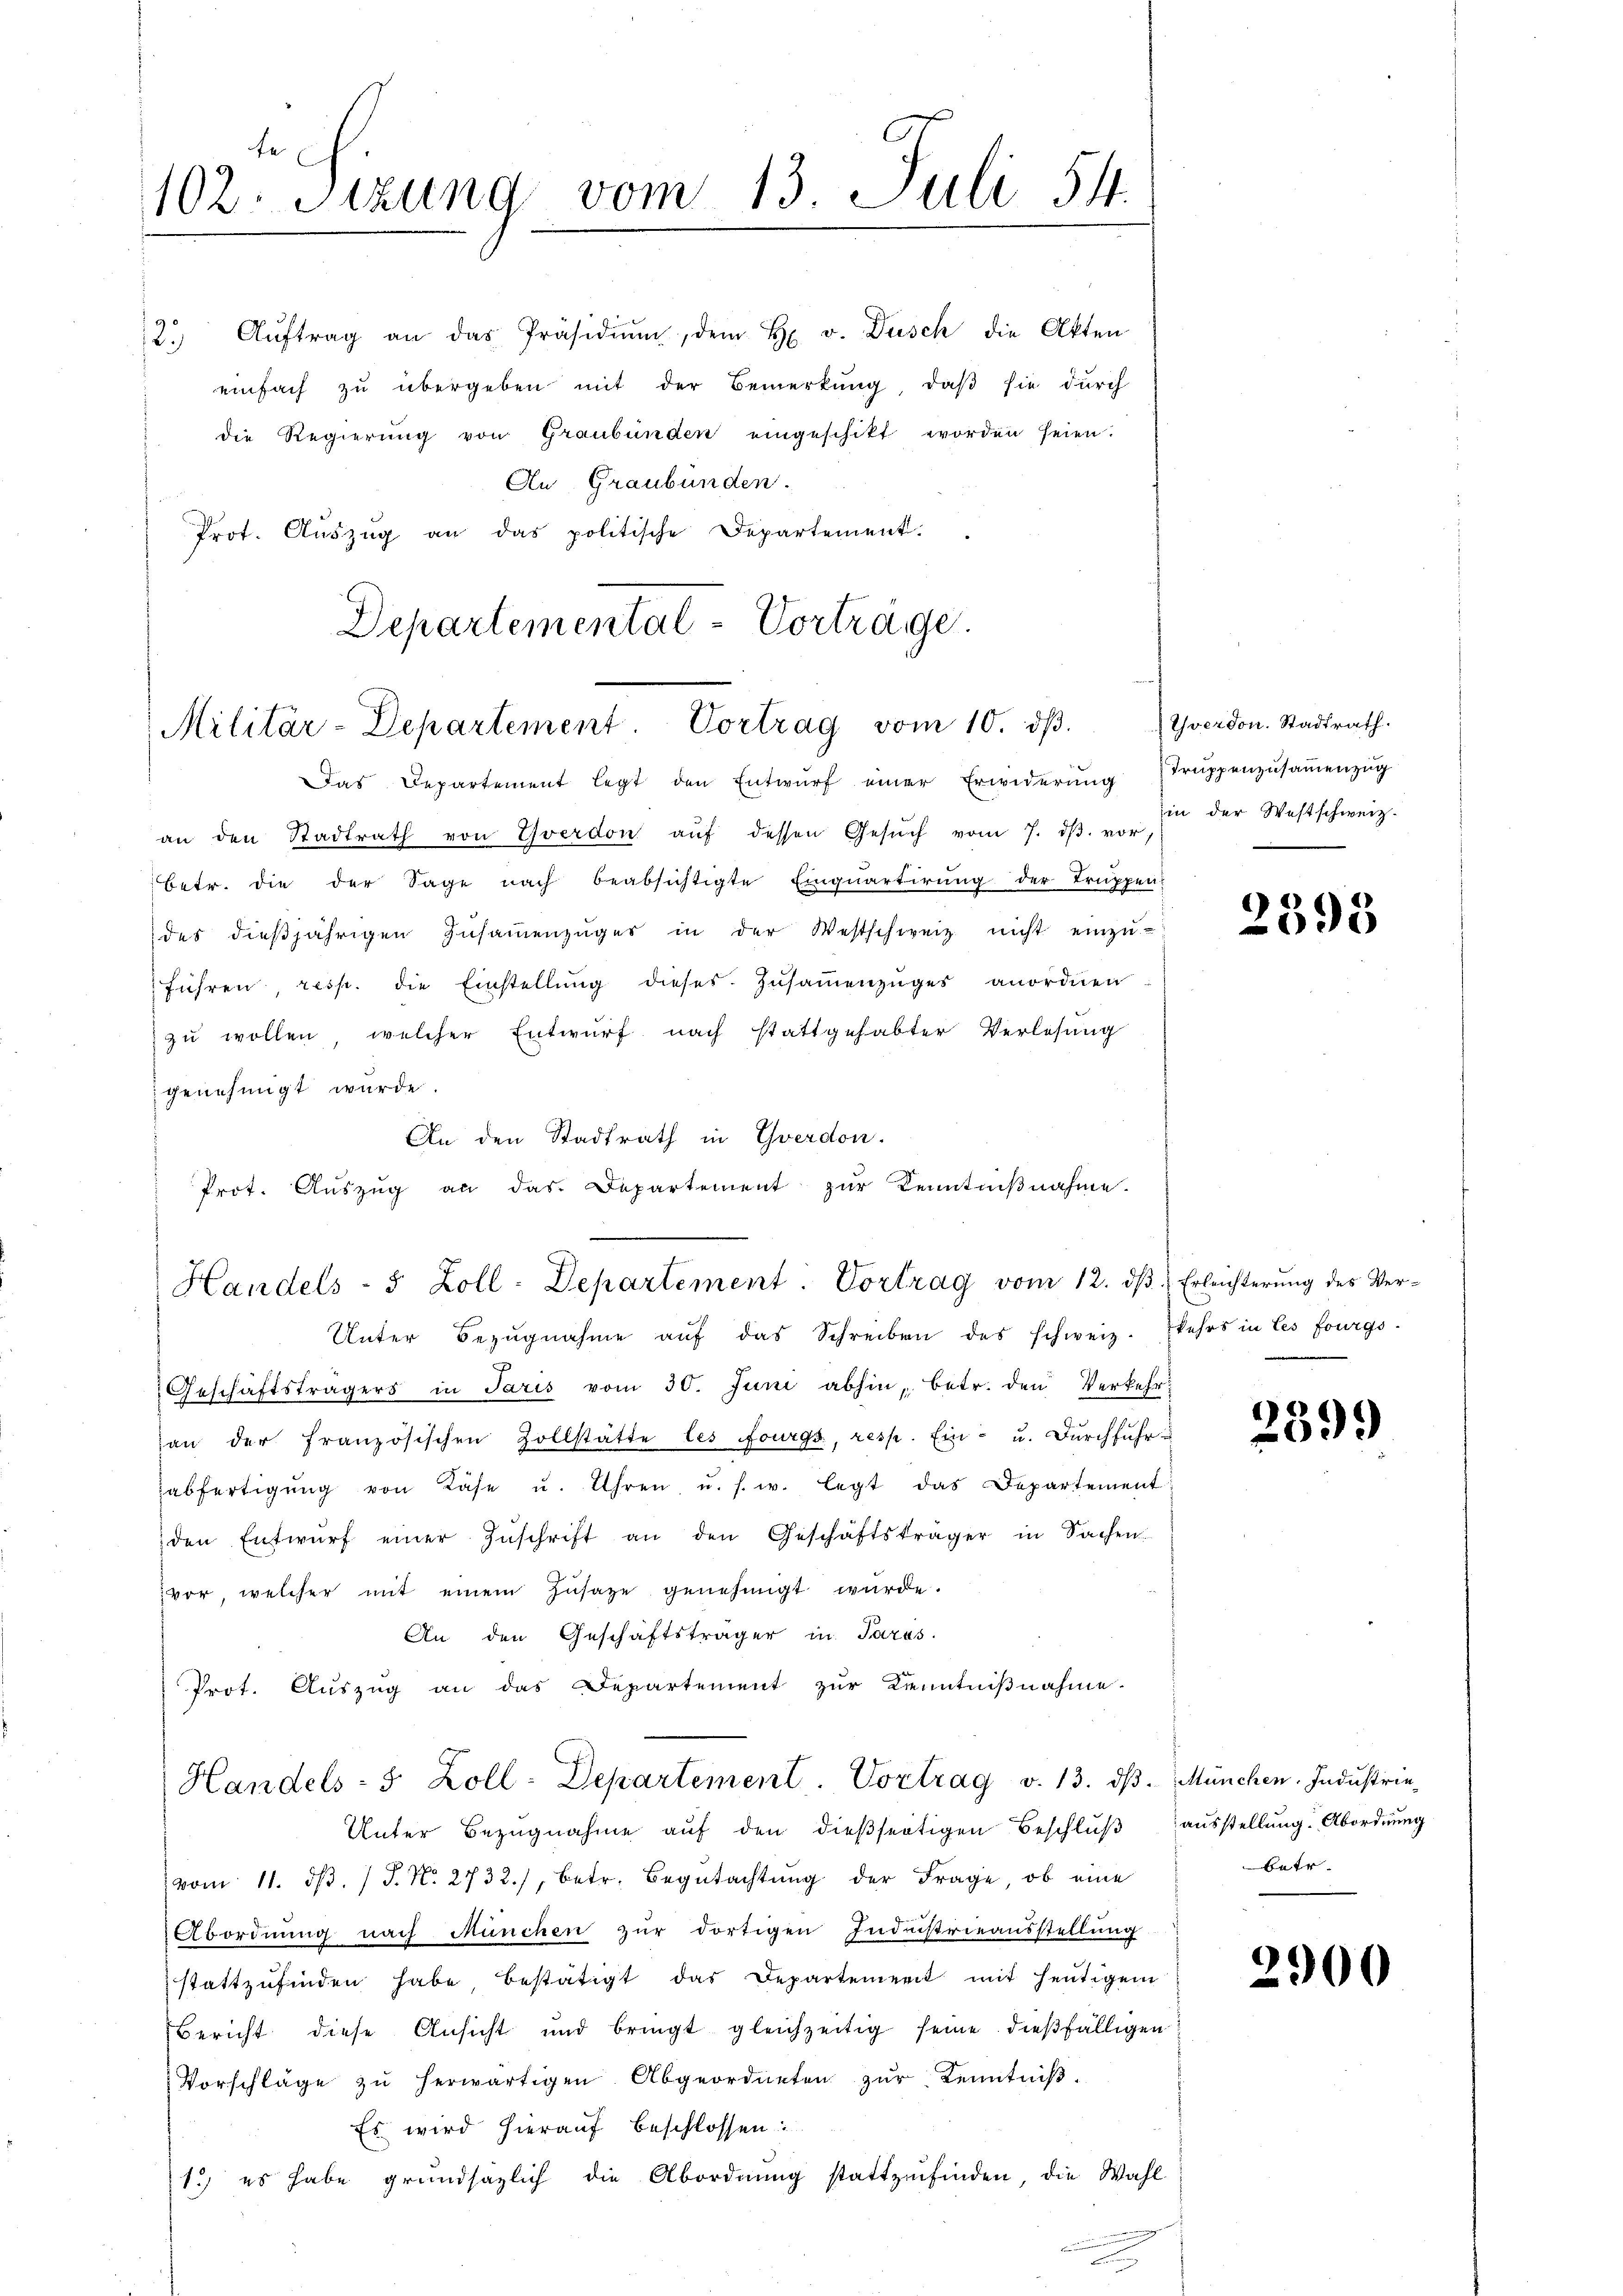
102. Sitzung vom 13. Juli 54.

2. Aŭftrag an das Präsidiŭm, dem H. v. Dusch die Akten
einfach zŭ übergeben mit der Bemerkung, daβ sie durch
die Regierung von Graubünden eingeschikt worden seien.
An Graubünden.
Prot. Aŭszŭg an das politische Departement.

Departemental-Vorträge.
Militär-Departement. Vortrag vom 10. dβ.

Das Departement legt den Entwŭrf einer Erwiderŭng (Trŭppenzŭsaṁenzŭg
an den Stadtrath von Yverdon aŭf dessen Gesŭch vom 7. dβ. vor-
betr. die der Sage nach beabsichtigte Einquartirung der Truppen-
des dieβjährigen Zŭsaṁenzŭges in der Westschweiz nicht einzŭ-
führen resp. die Einstellung dieses Zusammenzuges anordnen
zu wollen, welcher Entwurf nach stattgehabter Verlesung
genehmigt wurde.
An den Stadtrath in Yverdon.
Prot. Auszug an das Departement zur Kenntnißnahme.

Handels- 5 Zoll: Departement. Vortrag vom 12. dβ
Unter Bezŭgnahme aŭf das Schreiben des schweiz. kehrs in Les fourgs

Handels- 5 Zoll-Departement. Vortrag v. 13. dβ. München. Industrie-

Geschäftsträgers in Paris vom 30. Juni abhin, betr. den Verkehran der französischen Zollstätte les fourgs, resp. Ein- u. Durchführu
abfertigŭng von Käse u. Ihren, u. s. w. legt das Departement
den Entwŭrf einer Zŭschrift an den Geschäftsträger in Sachen
vor, welcher mit einem Zŭsaze genehmigt würde.
An den Geschäftsträger in Parus.
Prot. Auszug an das Departement zŭr Kenntniβnahme.
Unter Bezŭgnahme aŭf den dieβfertigen Beschlŭβ aŭsstellung. Abordnung
 vom 11. dβ. J. No. 2732./, betr. Begŭtachtŭng der Frage, ob eine
Abordnung nach München zŭr dortigen Industrieausstellŭng
stattzŭfinden habe bestätigt das Departement mit heutigem
Bericht diese Ansicht und bringt gleichzeitig seine dießfälligen
Vorschläge zu herwärtigen Abgeordneten zur Kenntniß¬
Es wird hierauf beschlossen:
1.) es habe grundsazlich die Abordnung stattzufinden, die Wahl

Yverdon. Stadtrath.
in der Westschweiz.

2395

Erleichterung des Ver¬

2899

batr

2900